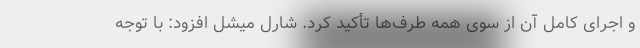
و اجرای کامل آن از سوی همه طرف‌ها تأکید کرد. شارل میشل افزود: با توجه